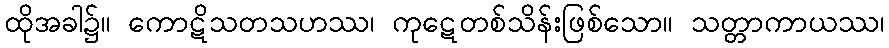
ထိုအခါ၌။ ကောဋိသတသဟဿ၊ ကုဋေတစ်သိန်းဖြစ်သော။ သတ္တာကာယဿ၊